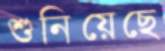
শুনিয়েছে